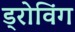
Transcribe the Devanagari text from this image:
ड्रोविंग